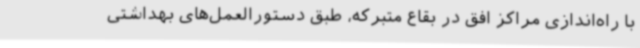
با راه‌اندازی مراکز افق در بقاع متبرکه، طبق دستورالعمل‌های بهداشتی